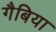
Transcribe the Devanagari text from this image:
गैबिया